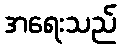
အရေးသည်